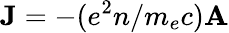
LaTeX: {\mathbf J}=-(e^{2}n/m_{e}c){\mathbf A}